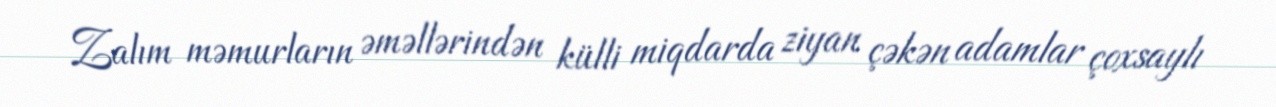
Zalım məmurların əməllərindən külli miqdarda ziyan çəkən adamlar çoxsaylı